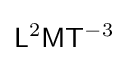
{\mathsf {L}}^{2}{\mathsf {M}}{\mathsf {T}}^{-3}